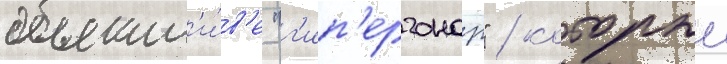
объект'и́в'е "г'ип'ергонар" / которыи